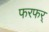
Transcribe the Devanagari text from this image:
फरफर्